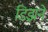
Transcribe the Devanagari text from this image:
डिझने